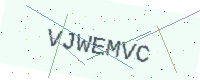
Text: VJWEMVC